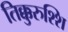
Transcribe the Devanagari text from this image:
तिक्कुरुश्शि